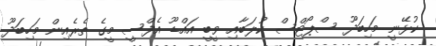
ކުޅޭނީ މަހިބަދޫ ސްޕޯޓްސް ކުލަބާއި ވީބީ އައްޑޫ އެފްސީ މީގެ ތެރެއިން މަހިބަދޫ